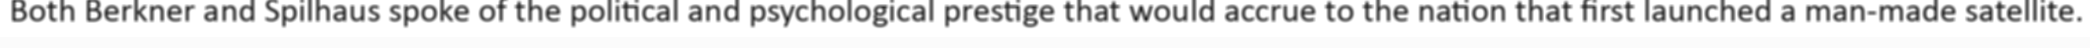
Both Berkner and Spilhaus spoke of the political and psychological prestige that would accrue to the nation that first launched a man-made satellite.